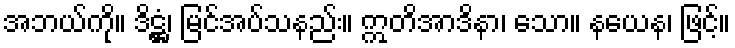
အဘယ်ကို။ ဒိဋ္ဌံ၊ မြင်အပ်သနည်း။ ဣတိအာဒိနာ၊ သော။ နယေန၊ ဖြင့်။